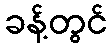
ခန့်တွင်